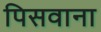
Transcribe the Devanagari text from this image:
पिसवाना